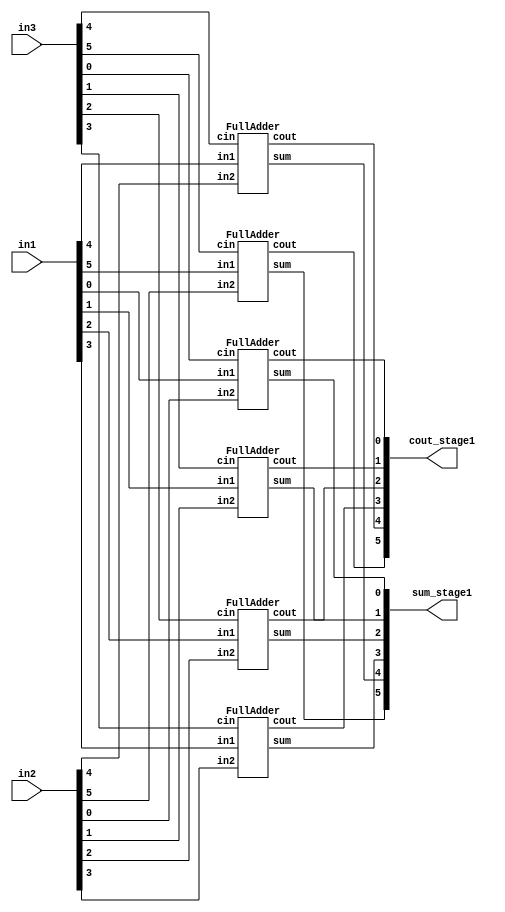
module stage1_3is2 (
input [5:0] in1,
input [5:0] in2,
input [5:0] in3,
output [5:0] cout_stage1,
output [5:0] sum_stage1
);
FullAdder FA2 (in1[0],in2[0],in3[0],sum_stage1[0],cout_stage1[0]);
FullAdder FA3 (in1[1],in2[1],in3[1],sum_stage1[1],cout_stage1[1]);
FullAdder FA4 (in1[2],in2[2],in3[2],sum_stage1[2],cout_stage1[2]);
FullAdder FA5 (in1[3],in2[3],in3[3],sum_stage1[3],cout_stage1[3]);
FullAdder FA12 (in1[4],in2[4],in3[4],sum_stage1[4],cout_stage1[4]);
FullAdder FA13 (in1[5],in2[5],in3[5],sum_stage1[5],cout_stage1[5]);
endmodule

module stage2_3is2 (
input [5:0] in4,
input [5:0] in5,
input [5:0] in6,
output [5:0] cout_stage2,
output [5:0] sum_stage2
);
FullAdder FA6 (in4[0],in5[0],in6[0],sum_stage2[0],cout_stage2[0]);
FullAdder FA7 (in4[1],in5[1],in6[1],sum_stage2[1],cout_stage2[1]);
FullAdder FA8 (in4[2],in5[2],in6[2],sum_stage2[2],cout_stage2[2]);
FullAdder FA9 (in4[3],in5[3],in6[3],sum_stage2[3],cout_stage2[3]);
FullAdder FA22 (in4[4],in5[4],in6[4],sum_stage2[4],cout_stage2[4]);
FullAdder FA23 (in4[5],in5[5],in6[5],sum_stage2[5],cout_stage2[5]);
endmodule

module stage3_4is2 (
input [5:0] subin1,
input [5:0] subin2,
input [5:0] subin3,
input [5:0] subin4,
output [5:0] sum_stage3,
output [5:0] cout_stage3
//output carry
);
wire connection1,connection2,connection3,connection4,connection5;
carrysave_4is2 CS1(({1'b0,1'b0,subin3[0],1'b0,subin1[0]}),connection1,cout_stage3[0],sum_stage3[0]);
carrysave_4is2 CS2(({connection1,subin4[0],subin3[1],subin2[0],subin1[1]}),connection2,cout_stage3[1],sum_stage3[1]);
carrysave_4is2 CS3(({connection2,subin4[1],subin3[2],subin2[1],subin1[2]}),connection3,cout_stage3[2],sum_stage3[2]);
carrysave_4is2 CS4(({connection3,subin4[2],subin3[3],subin2[2],subin1[3]}),connection4,cout_stage3[3],sum_stage3[3]);
carrysave_4is2 CS5(({connection4,subin4[3],subin3[4],subin2[3],subin1[4]}),connection5,cout_stage3[4],sum_stage3[4]);
carrysave_4is2 CS6(({connection5,subin4[4],subin3[5],subin2[4],subin1[5]}), , ,sum_stage3[5]);
endmodule

module Top (
input [3:0] i1,
input [3:0] i2,
input [3:0] i3,
input [3:0] i4,
input [3:0] i5,
input [3:0] i6,
output [5:0] answer
);
wire [5:0] cout_S1;
wire [5:0] sum_S1;
wire [5:0] cout_S2;
wire [5:0] sum_S2;
wire [5:0] sum_S3;
wire [5:0] cout_S3;
//wire carry_S3;
stage1_3is2 S1 ( {i1[3],i1[3],i1[3:0]} , {i2[3],i2[3],i2[3:0]} , {i3[3],i3[3],i3[3:0]} , cout_S1[5:0] , sum_S1[5:0]);
stage2_3is2 S2 ( {i4[3],i4[3],i4[3:0]} , {i5[3],i5[3],i5[3:0]} , {i6[3],i6[3],i6[3:0]} , cout_S2[5:0] , sum_S2[5:0]);
stage3_4is2 S3 (sum_S1[5:0],({cout_S1[4:0],1'b0}),sum_S2[5:0],({cout_S2[4:0],1'b0}),sum_S3[5:0],cout_S3[5:0]/*,carry_S3*/);
assign answer [5:0] = (sum_S3[5:0]) + ({cout_S3[4:0],1'b0}); 
endmodule

module carrysave_4is2 (
input [4:0] in,
output c0,
output c1,
output sum
);
wire connection;
FullAdder FA0 (in[0],in[1],in[2],connection,c0);
FullAdder FA1 (connection,in[4],in[3],sum,c1);
endmodule

module FullAdder(
input in1,
input in2,
input cin,
output sum,
output cout
);
assign sum = (in1 ^ in2) ^ cin;
assign cout = (in1 & in2) | (cin & (in1 ^ in2));
endmodule